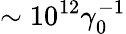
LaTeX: \sim 10^{12}\gamma_{0}^{-1}